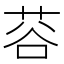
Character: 𫈅